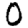
Digit: 0